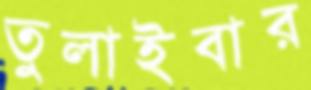
তুলাইবার